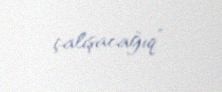
çalışacağıq”.